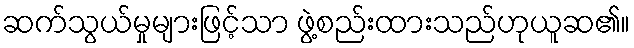
ဆက်သွယ်မှုများဖြင့်သာ ဖွဲ့စည်းထားသည်ဟုယူဆ၏။